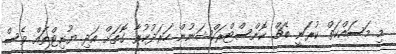
މި މަސައްކަތް ކުރަނީ ބެޗް ކޮންސްޓްރަކްޝަނުން ހަރަދުކުރާ ގޮތަށް އަދި ޔުނިޓްތައް ވެސް